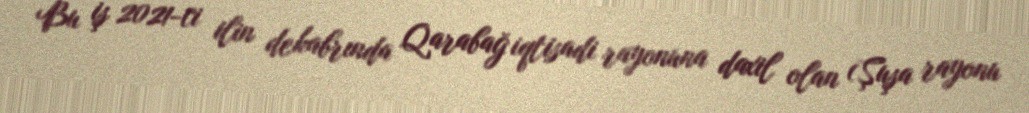
Bu iş 2021-ci ilin dekabrında Qarabağ iqtisadi rayonuna daxil olan (Şuşa rayonu